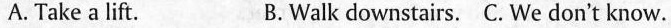
A.Take a lift. B.Walk downstairs. C. We don't know.